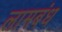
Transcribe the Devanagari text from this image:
लामबंध